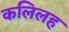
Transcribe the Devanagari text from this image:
कलिलह